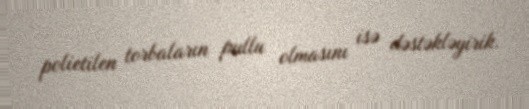
polietilen torbaların pullu olmasını isə dəstəkləyirik.